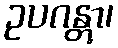
ဥပဂန္တွာ၊